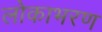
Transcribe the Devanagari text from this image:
लोकाभरण